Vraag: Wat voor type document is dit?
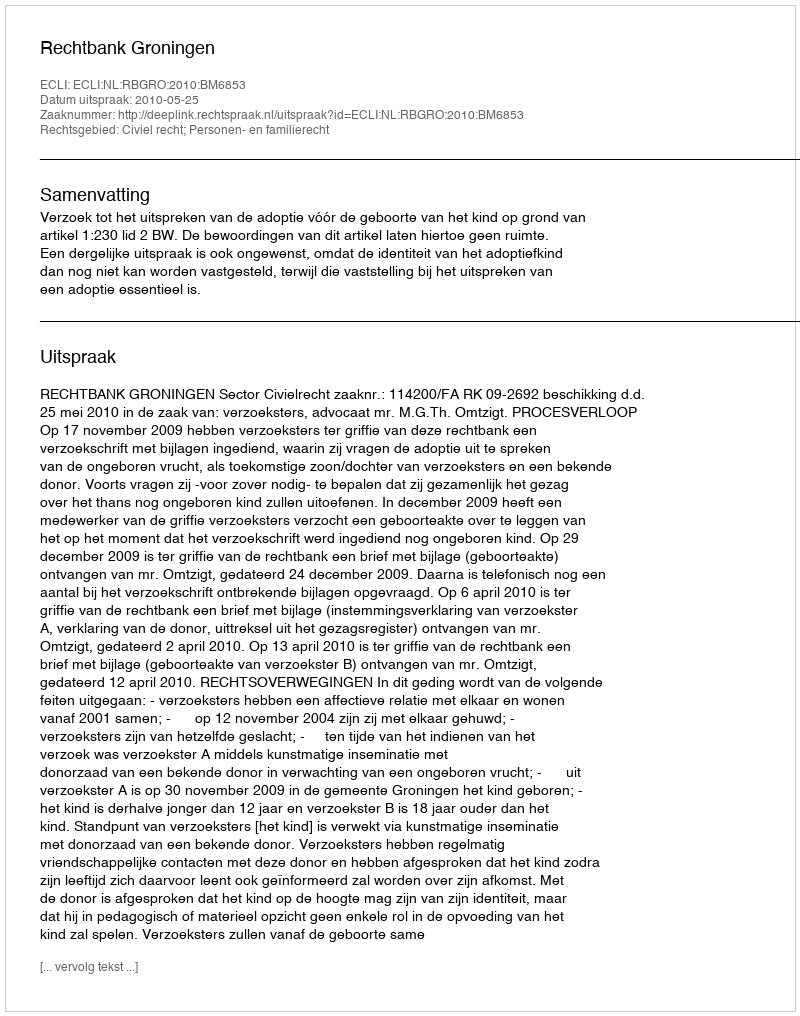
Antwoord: Uitspraak